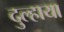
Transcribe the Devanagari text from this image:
दुल्हाया